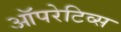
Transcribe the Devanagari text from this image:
ऑपरेटिव्स